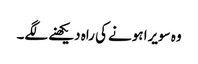
وہ سویرا ہونے کی راہ دیکھنے لگے۔